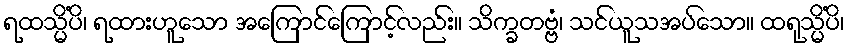
ရထသ္မိံပိ၊ ရထားဟူသော အကြောင်ကြောင့်လည်း။ သိက္ခတဗ္ဗံ၊ သင်ယူသအပ်သော။ ထရုသ္မိံပိ၊